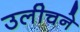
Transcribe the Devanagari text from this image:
उलीचने